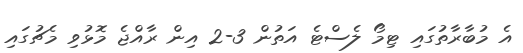
އެ މުބާރާތުގައި ޓިމޯ ލެސްޓެ އަތުން 3-2 އިން ރާއްޖެ މޮޅުވި މެޗުގައި